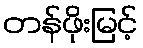
တန်ဖိုးမြင့်